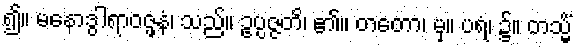
၍။ မနောဒွါရာဝဇ္ဖနံ၊ သည်။ ဥပ္ပဇ္ဇတိ၊ ၏။ တတော၊ မှ။ ပရံ၊ ၌။ တသ္မိံ